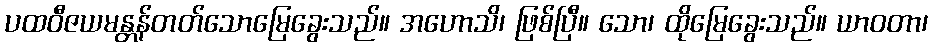
ပထဝီဇယမန္တန်တတ်သောမြေခွေးသည်။ အဟောသိ၊ ဖြစ်ပြီ။ သော၊ ထိုမြေခွေးသည်။ ယာဝတာ၊